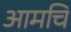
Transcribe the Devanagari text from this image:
आमचि